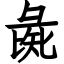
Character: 彘